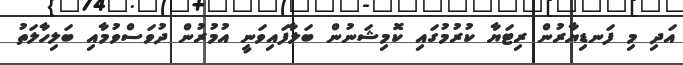
އަދި މި ފަނޑިޔާރުން ރިޓަޔާ ކުރުމުގައި ކޮމިޝަނުން ބަލާފައިވަނީ އުމުރުން ދުވަސްވުމާއި ބަލިހާލަތު